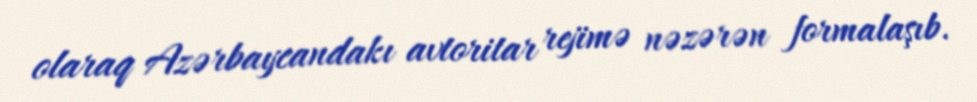
olaraq Azərbaycandakı avtoritar rejimə nəzərən formalaşıb.